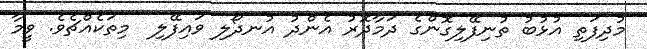
މުދިފަތި އުޅުބު ތުނިފޭލިގޮންގެ ދަމާދޮރު އެންދު އުނދޯލި ވައިފޭލި  މިތަކެއްޗެވެ. ވީމާ